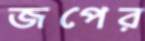
জপের